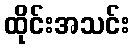
ထိုင်းအသင်း